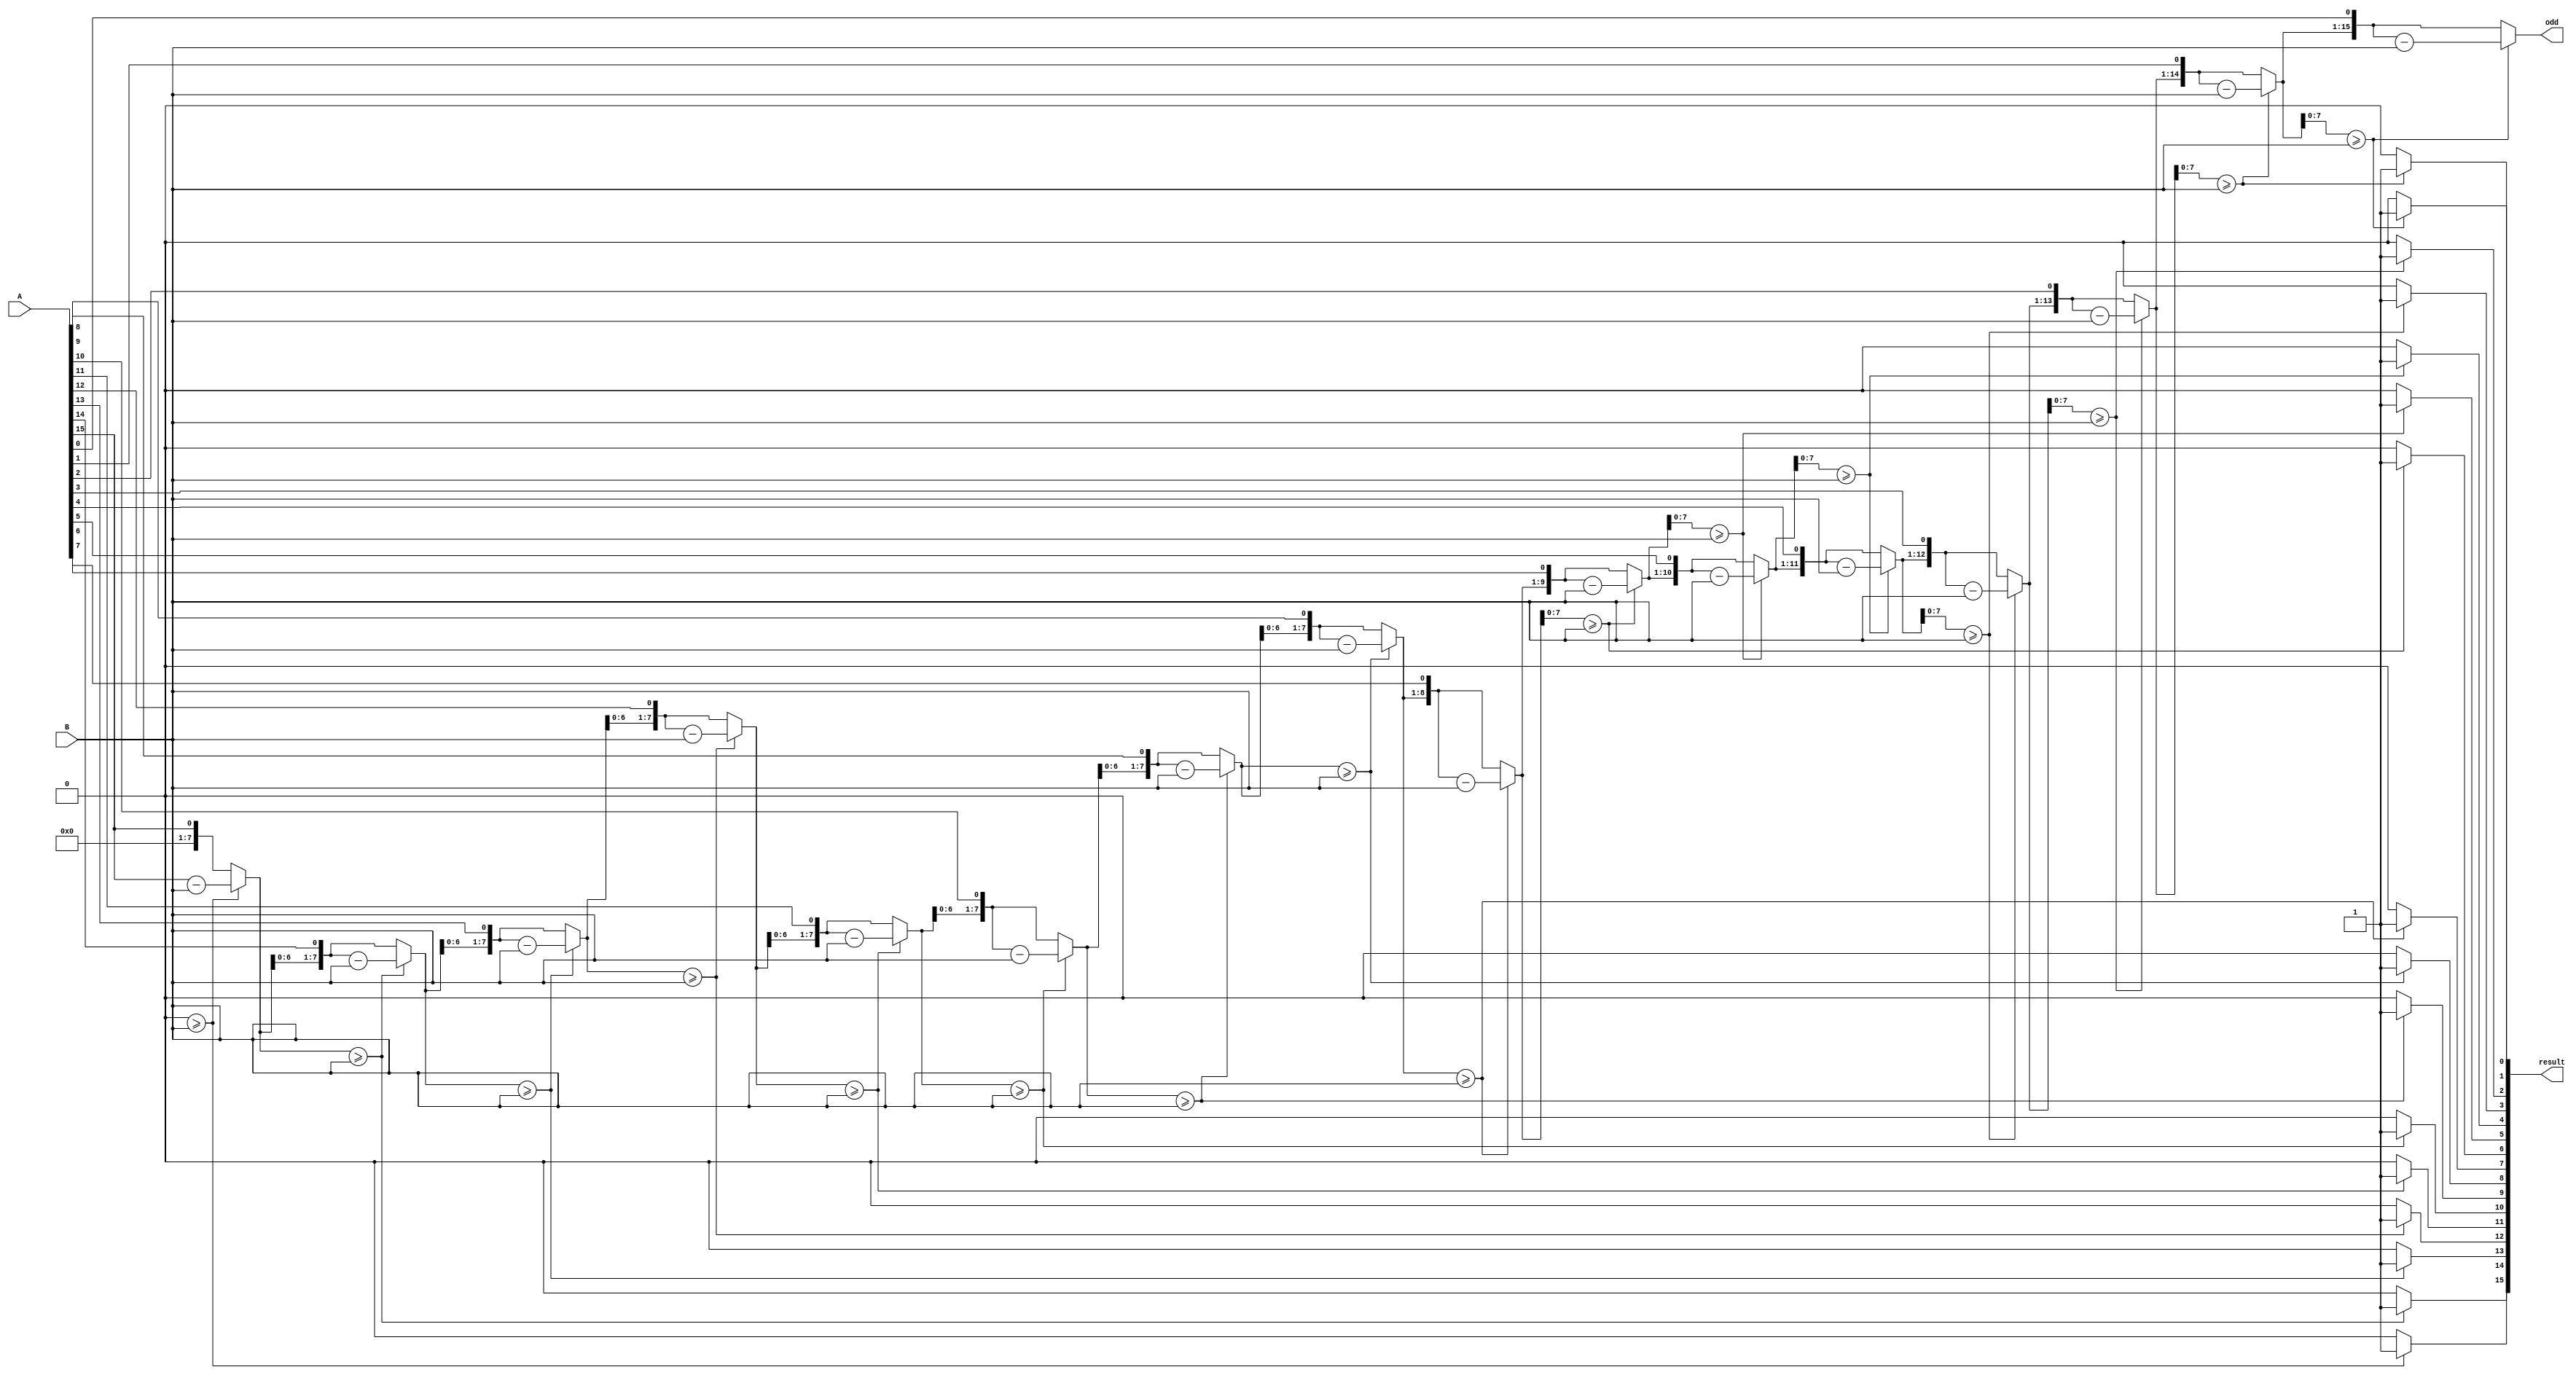
module div_16bit(
    input [15:0] A,   // 16-bit dividend
    input [7:0] B,    // 8-bit divisor
    output reg [15:0] result, // 16-bit quotient
    output reg [15:0] odd     // 16-bit remainder
);

    // Internal signals for the operation
    reg [15:0] dividend;
    reg [8:0] divisor; // 9 bits to accommodate subtraction
    reg [15:0] quotient;
    reg [15:0] remainder;
    integer i;

    always @(*) begin
        // Initialize the internal signals
        dividend = A;
        divisor = {1'b0, B}; // Extend divisor to 9 bits for subtraction
        quotient = 0;
        remainder = 0;

        // Perform division operation
        for (i = 15; i >= 0; i = i - 1) begin
            // Shift the remainder to the left by 1 bit
            remainder = remainder << 1;
            // Bring down the next bit from the dividend
            remainder[0] = dividend[i];

            // Compare the upper bits of the remainder with the divisor
            if (remainder[8:1] >= divisor) begin
                // If remainder is greater or equal, subtract divisor from remainder
                remainder = remainder - divisor;
                // Set the quotient bit to 1
                quotient[i] = 1'b1;
            end
            else begin
                // Otherwise, the quotient bit remains 0
                quotient[i] = 1'b0;
            end
        end

        // Set the output values
        result = quotient;
        odd = remainder;
    end

endmodule